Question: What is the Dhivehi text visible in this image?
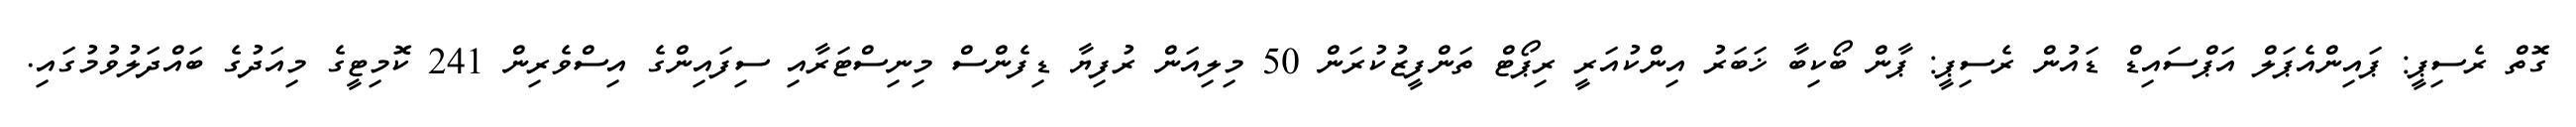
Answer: ގޮތް ރެސިޕީ: ޕައިންއެޕަލް އަޕްސައިޑް ޑައުން ރެސިޕީ: ޕާން ބޯކިބާ ޚަބަރު އިންކުއަރީ ރިޕޯޓް ތަންފީޒުކުރަން 50 މިލިއަން ރުފިޔާ ޑިފެންސް މިނިސްޓަރާއި ސިފައިންގެ އިސްވެރިން 241 ކޮމިޓީގެ މިއަދުގެ ބައްދަލުވުމުގައި.